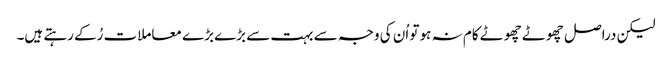
لیکن دراصل چھوٹے چھوٹے کام نہ ہو تو اُن کی وجہ سے بہت سے بڑے بڑے معاملات رُکے رہتے ہیں۔